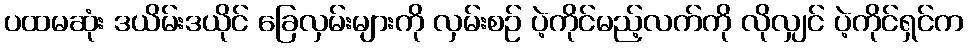
ပထမဆုံး ဒယိမ်းဒယိုင် ခြေလှမ်းများကို လှမ်းစဉ် ပဲ့ကိုင်မည့်လက်ကို လိုလျှင် ပဲ့ကိုင်ရှင်က